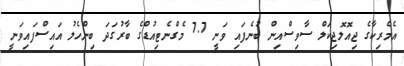
އެމެރިކާގެ ޖިއޮލޮޖިކަލް ސާވިސްއިން ބުނެފައި ވަނީ 7.7 މެގްނެޓިއުޑްގެ ބާރުގަދަ ބިންހެލު އައިސްފައިވަނީ